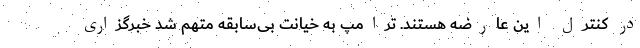
در کنترل این عارضه هستند. ترامپ به خیانت بی‌سابقه متهم شد خبرگزاری